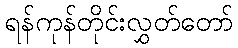
ရန်ကုန်တိုင်းလွှတ်တော်